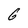
Character: G